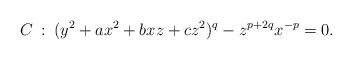
LaTeX: \begin{align*}C\::\:(y^2+ax^2+bxz+cz^2)^q-z^{p+2q}x^{-p}=0.\end{align*}